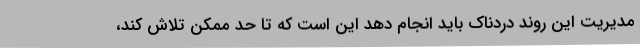
مدیریت این روند دردناک باید انجام دهد این است که تا حد ممکن تلاش کند،